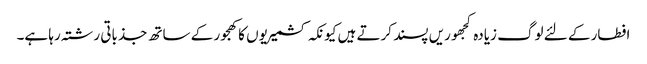
افطار کے لئے لوگ زیادہ کجھوریں پسند کرتے ہیں کیونکہ کشمیریوں کا کھجور کے ساتھ جذباتی رشتہ رہا ہے۔